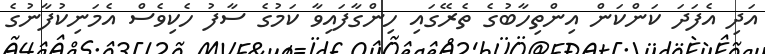
އަދި އެފަދަ ކަންކަން އިންތިހާބުގެ ތެރޭގައި ހިންގާފައިވާ ކަމުގެ ސާފު ހެކިވެސް އެމަނިކުފާނުގެ